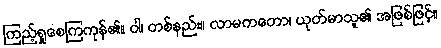
ကြည့်ရှုစေကြကုန်၏။ ဝါ၊ တစ်နည်း။ လာမကတော၊ ယုတ်မာသူ၏ အဖြစ်ဖြင့်။